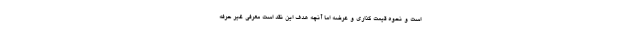
است و نحوه قیمت گذاری و عرضه اما آنچه هدف این نقد است معرفی غیر حرفه